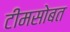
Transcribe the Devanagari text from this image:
टीमसोबत